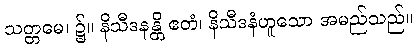
သတ္တမေ၊ ၌။ နိသီဒနန္တိ ဧတံ၊ နိသီဒနံဟူသော အမည်သည်။